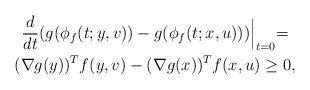
LaTeX: \begin{gather*}\frac{d}{dt}(g(\phi_f(t; y, v)) -g(\phi_f(t; x, u)))\Bigl|_{t = 0} = \\(\nabla g(y) )^T f(y, v) - (\nabla g(x))^T f(x, u) \ge 0,\end{gather*}